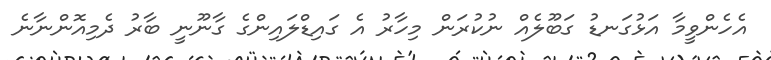
އެހެންވީމާ އަޅުގަނޑު ގަބޫލެއް ނުކުރަން މިހާރު އެ ގައިޑްލައިންގެ ގާނޫނީ ބާރު ދެމިއޮންނާނެ